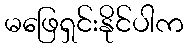
မဖြေရှင်းနိုင်ပါက